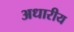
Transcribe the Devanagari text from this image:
अधारीय